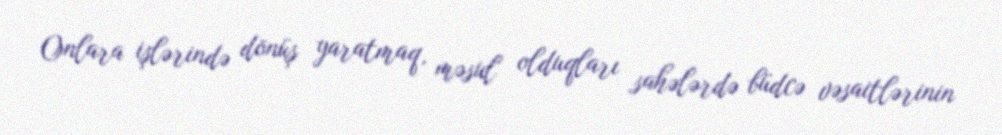
Onlara işlərində dönüş yaratmaq, məsul olduqları sahələrdə büdcə vəsaitlərinin